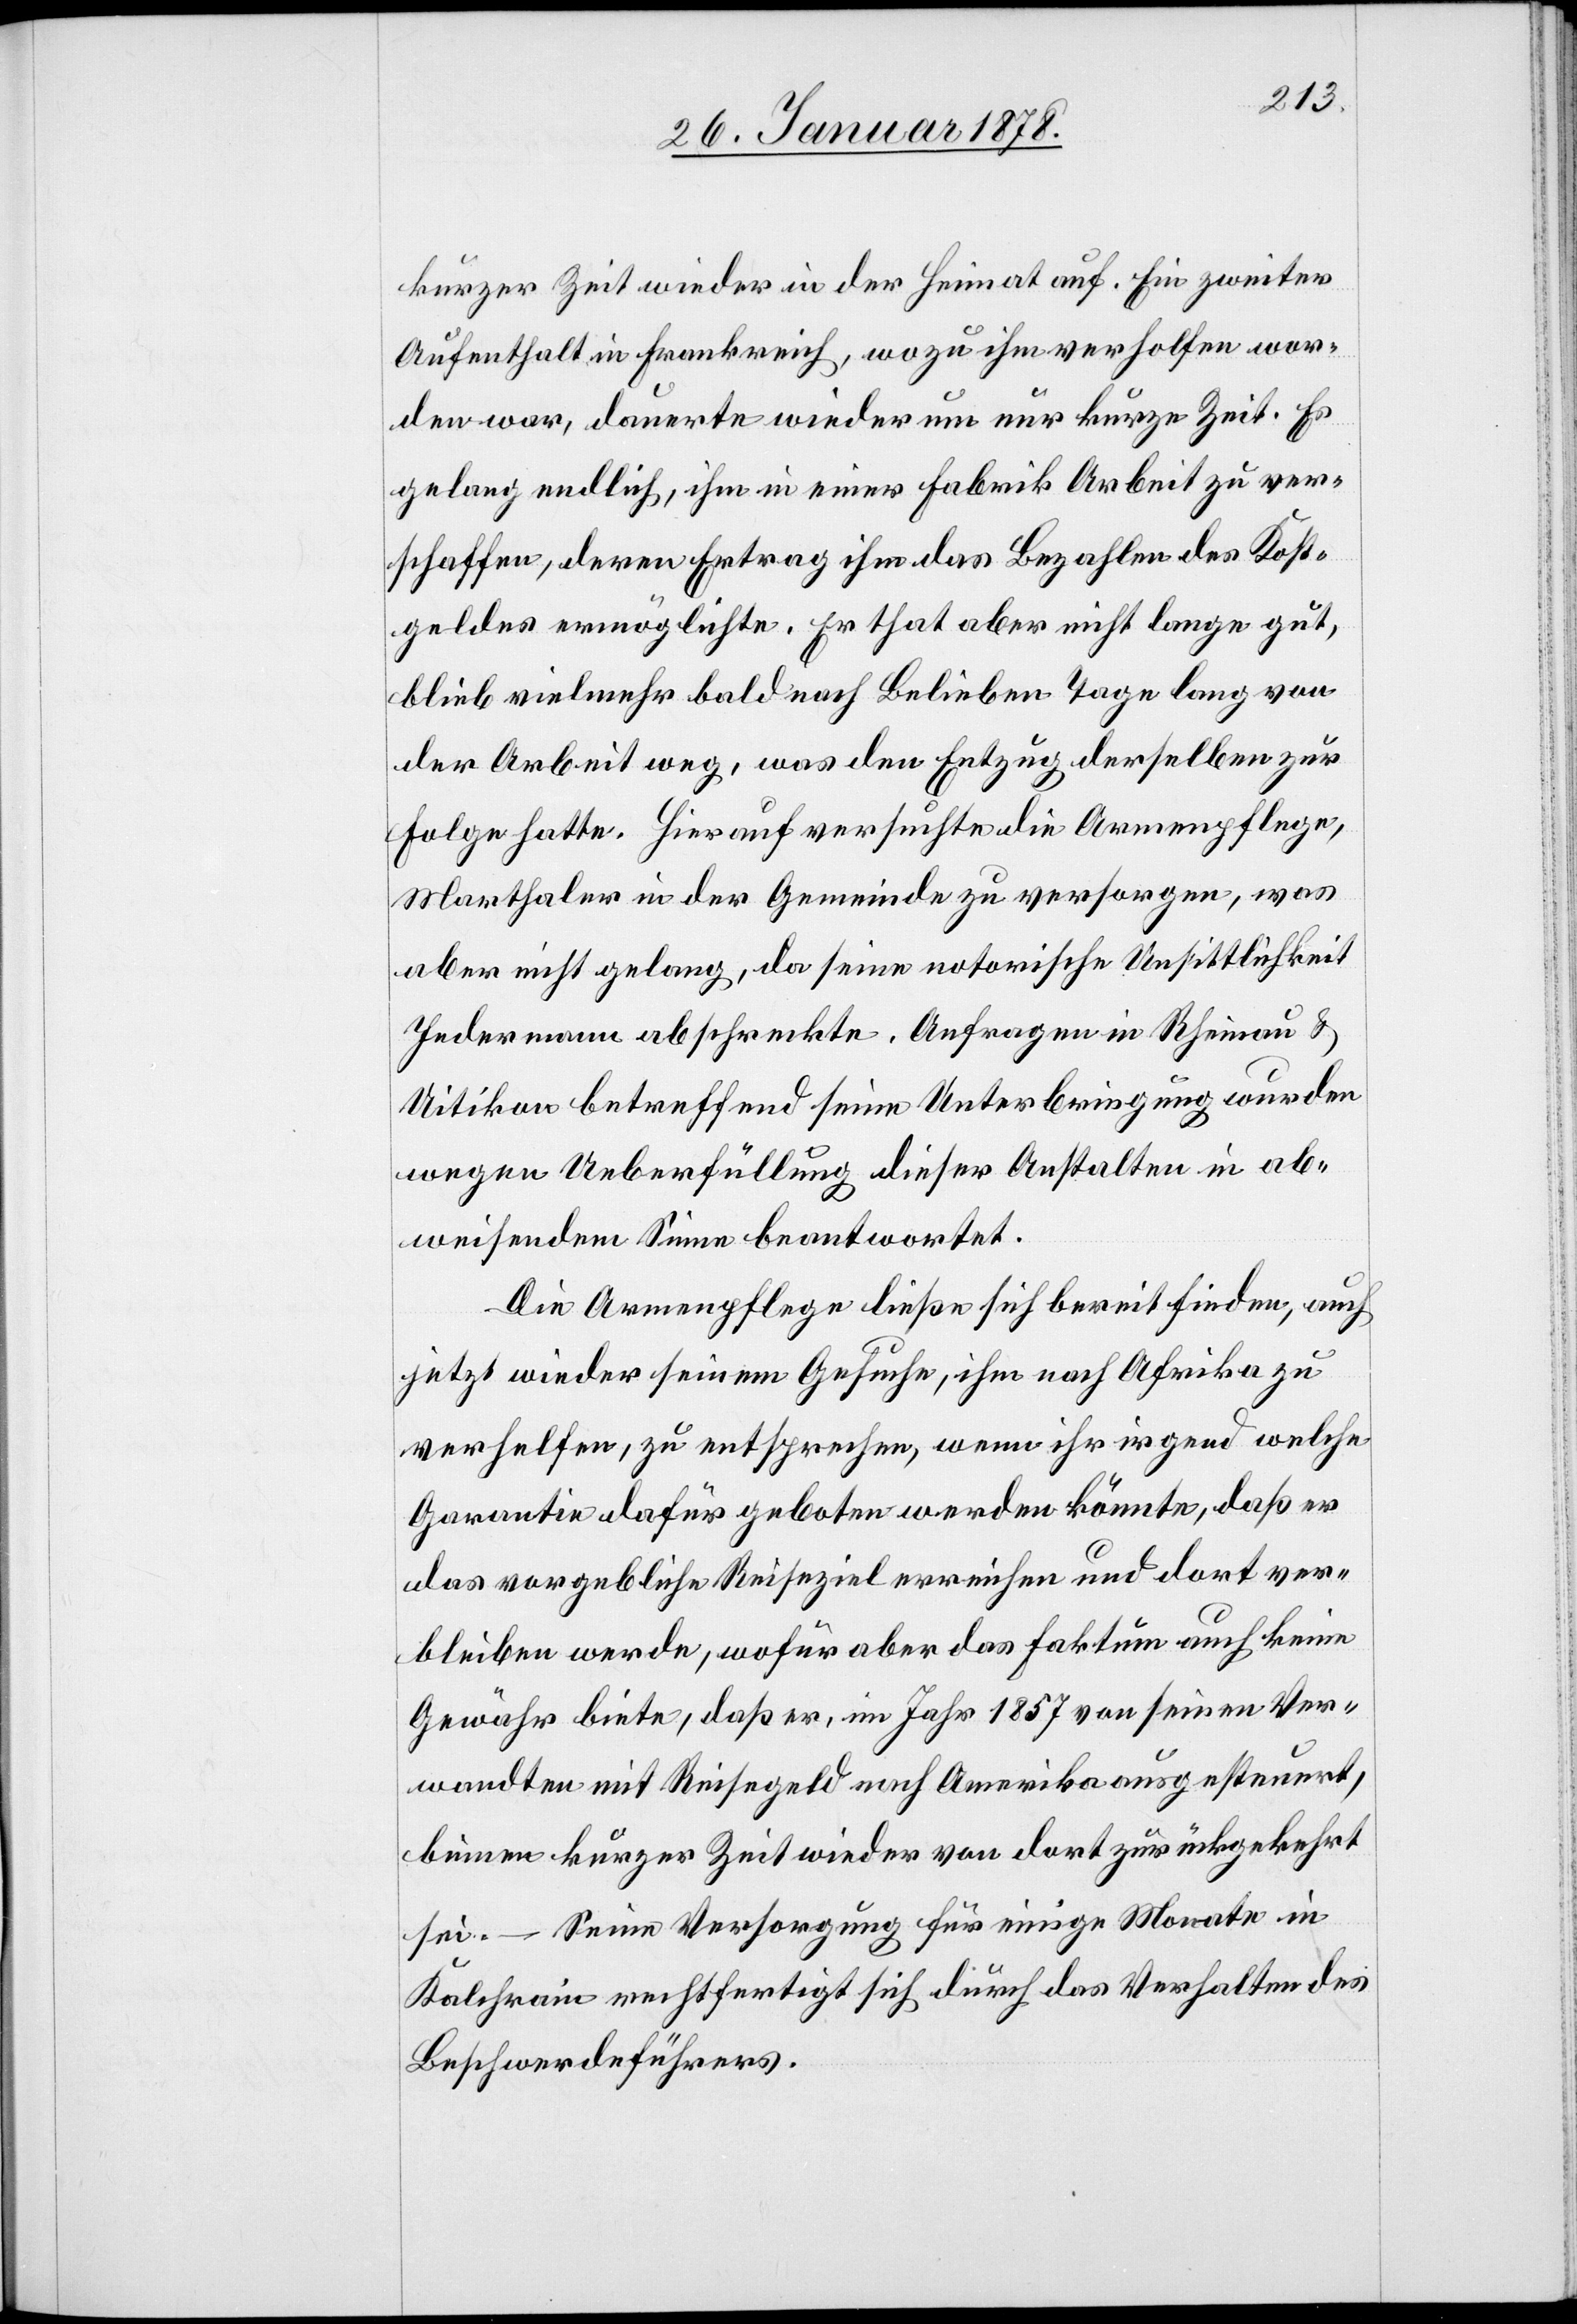
kurzer Zeit wieder in der Heimat auf. Ein zweiter
Aufenthalt in Frankreich, wozu ihm verholfen wor¬
den war, dauerte wiederum nur kurze Zeit. Es
gelang endlich, ihm in einer Fabrik Arbeit zu ver¬
schaffen, deren Ertrag ihm das Bezahlen des Kost¬
geldes ermöglichte. Er that aber nicht lange gut,
blieb vielmehr bald nach Belieben Tage lang von
der Arbeit weg, was den Entzug derselben zur
Folge hatte. Hierauf versuchte die Armenpflege,
Marthaler in der Gemeinde zu versorgen, was
aber nicht gelang, da seine notorische Unsittlichkeit
Jedermann abschreckte. Anfragen in Rheinau &
Uitikon betreffend seine Unterbringung wurden
wegen Ueberfüllung dieser Anstalten in ab¬
weisendem Sinne beantwortet.
Die Armenpflege ließe sich bereit finden, auch
jetzt wieder seinem Gesuche, ihm nach Afrika zu
verhelfen, zu entsprechen, wenn ihr irgend welche
Garantie dafür geboten werden könnte, daß er
das vorgebliche Reiseziel erreichen und dort ver¬
bleiben werde, wofür aber das Faktum auch keine
Gewähr biete, daß er, im Jahr 1857 von seinen Ver¬
wandten mit Reisegeld nach Amerika ausgesteuert,
binnen kurzer Zeit wieder von dort zurückgekehrt
sei. – Seine Versorgung für einige Monate in
Kalchrain rechtfertigt sich durch das Verhalten des
Beschwerdeführers.